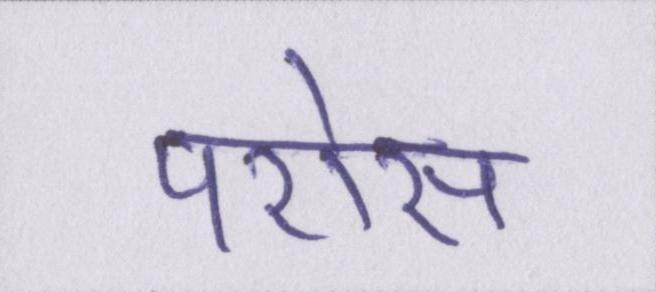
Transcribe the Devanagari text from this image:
परोस